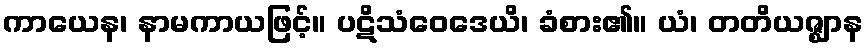
ကာယေန၊ နာမကာယဖြင့်။ ပဋိသံဝေဒေယိ၊ ခံစား၏။ ယံ၊ တတိယဇ္ဈာန